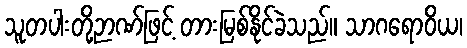
သူတပါးတို့ဉာဏ်ဖြင့် တားမြစ်နိုင်ခဲသည်။ သာဂရောဝိယ၊